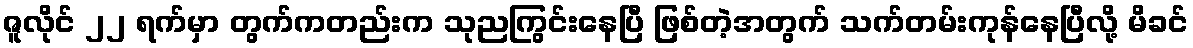
ဇူလိုင် ၂၂ ရက်မှာ တွက်ကတည်းက သုညကြွင်းနေပြီ ဖြစ်တဲ့အတွက် သက်တမ်းကုန်နေပြီလို့ မိခင်